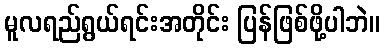
မူလရည်ရွယ်ရင်းအတိုင်း ပြန်ဖြစ်ဖို့ပါဘဲ။